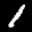
Label: 1